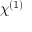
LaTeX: \chi ^ { ( 1 ) }